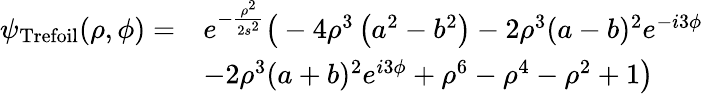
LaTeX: \begin{array}{rl}{\psi_{\mathrm{Trefoil}}(\rho,\phi)=}&{e^{-\frac{\rho^{2}}{2s^{2}}}\bigr(-4\rho^{3}\left(a^{2}-b^{2}\right)-2\rho^{3}(a-b)^{2}e^{-i3\phi}}\\ &{-2\rho^{3}(a+b)^{2}e^{i3\phi}+\rho^{6}-\rho^{4}-\rho^{2}+1\bigr)}\end{array}